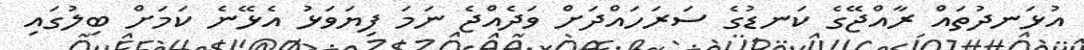
އުޅަނދުތައް ރާއްޖޭގެ ކަނޑުގެ ސަރަހައްދަށް ވަދެއްޖެ ނަމަ ފިޔަވަޅު އެޅޭނެ ކަމަށް ބިލުގައި